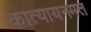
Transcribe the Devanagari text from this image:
कात्यायनमत